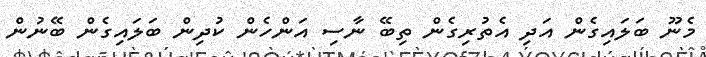
މެނޫ ބަލައިގެން އަދި އެތުރިގެން ތިބޭ ނާސި އަންހެން ކުދިން ބަލައިގެން ބޭނުން